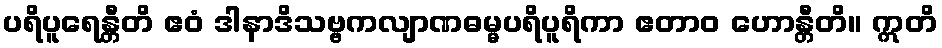
ပရိပူရေန္တီတိ ဧဝံ ဒါနာဒိသဗ္ဗကလျာဏဓမ္မပရိပူရိကာ ဧတာဝ ဟောန္တီတိ။ ဣတိ